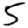
Digit: 5